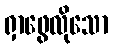
ရှာဖွေလိုသော